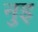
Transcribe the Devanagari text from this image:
नुइ